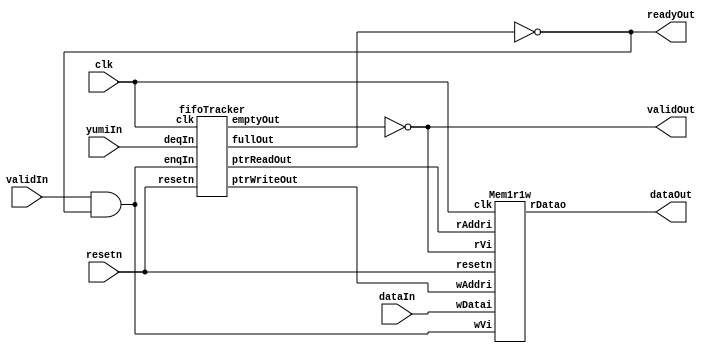
// Generator : SpinalHDL v1.7.3    git head : aeaeece704fe43c766e0d36a93f2ecbb8a9f2003
// Component : streamFifo

`timescale 1ns/1ps

module streamFifo (
  input      [31:0]   dataIn,
  input               validIn,
  output              readyOut,
  output     [31:0]   dataOut,
  output              validOut,
  input               yumiIn,
  input               clk,
  input               resetn
);

  wire       [1:0]    fifolarger2_myFifoTracker_ptrReadOut;
  wire       [1:0]    fifolarger2_myFifoTracker_ptrWriteOut;
  wire                fifolarger2_myFifoTracker_fullOut;
  wire                fifolarger2_myFifoTracker_emptyOut;
  wire       [31:0]   fifolarger2_myMem1r1w_rDatao;
  wire                fifolarger2_deq;
  wire                fifolarger2_validOutTemp;
  wire                fifolarger2_enq;
  wire                fifolarger2_readyOutTemp;
  wire       [1:0]    fifolarger2_ptrRead;
  wire       [1:0]    fifolarger2_ptrWrite;
  wire                fifolarger2_empty;
  wire                fifolarger2_full;

  fifoTracker fifolarger2_myFifoTracker (
    .enqIn       (fifolarger2_enq                           ), //i
    .deqIn       (fifolarger2_deq                           ), //i
    .ptrReadOut  (fifolarger2_myFifoTracker_ptrReadOut[1:0] ), //o
    .ptrWriteOut (fifolarger2_myFifoTracker_ptrWriteOut[1:0]), //o
    .fullOut     (fifolarger2_myFifoTracker_fullOut         ), //o
    .emptyOut    (fifolarger2_myFifoTracker_emptyOut        ), //o
    .clk         (clk                                       ), //i
    .resetn      (resetn                                    )  //i
  );
  Mem1r1w fifolarger2_myMem1r1w (
    .wVi    (fifolarger2_enq                   ), //i
    .wAddri (fifolarger2_ptrWrite[1:0]         ), //i
    .wDatai (dataIn[31:0]                      ), //i
    .rVi    (fifolarger2_validOutTemp          ), //i
    .rAddri (fifolarger2_ptrRead[1:0]          ), //i
    .rDatao (fifolarger2_myMem1r1w_rDatao[31:0]), //o
    .clk    (clk                               ), //i
    .resetn (resetn                            )  //i
  );
  assign fifolarger2_deq = yumiIn;
  assign fifolarger2_enq = (validIn && fifolarger2_readyOutTemp);
  assign fifolarger2_readyOutTemp = (! fifolarger2_full);
  assign readyOut = fifolarger2_readyOutTemp;
  assign fifolarger2_validOutTemp = (! fifolarger2_empty);
  assign validOut = fifolarger2_validOutTemp;
  assign fifolarger2_full = fifolarger2_myFifoTracker_fullOut;
  assign fifolarger2_empty = fifolarger2_myFifoTracker_emptyOut;
  assign fifolarger2_ptrRead = fifolarger2_myFifoTracker_ptrReadOut;
  assign fifolarger2_ptrWrite = fifolarger2_myFifoTracker_ptrWriteOut;
  assign dataOut = fifolarger2_myMem1r1w_rDatao;

endmodule

module Mem1r1w (
  input               wVi,
  input      [1:0]    wAddri,
  input      [31:0]   wDatai,
  input               rVi,
  input      [1:0]    rAddri,
  output     [31:0]   rDatao,
  input               clk,
  input               resetn
);

  wire       [31:0]   _zz_mem_port0;
  (* ram_style = "distributed" *) reg [31:0] mem [0:3];

  assign _zz_mem_port0 = mem[rAddri];
  always @(posedge clk) begin
    if(wVi) begin
      mem[wAddri] <= wDatai;
    end
  end

  assign rDatao = _zz_mem_port0;

endmodule

module fifoTracker (
  input               enqIn,
  input               deqIn,
  output     [1:0]    ptrReadOut,
  output     [1:0]    ptrWriteOut,
  output              fullOut,
  output              emptyOut,
  input               clk,
  input               resetn
);

  wire       [0:0]    myReadPtr_addIn;
  wire       [0:0]    myWritePtr_addIn;
  wire       [1:0]    myReadPtr_ptr;
  wire       [1:0]    myWritePtr_ptr;
  wire       [1:0]    ptrRead;
  wire       [1:0]    ptrWrite;
  reg                 enq;
  reg                 deq;
  wire                when_nocDefines_l243;
  wire                equalPtr;

  circlarPtr myReadPtr (
    .addIn  (myReadPtr_addIn   ), //i
    .ptr    (myReadPtr_ptr[1:0]), //o
    .clk    (clk               ), //i
    .resetn (resetn            )  //i
  );
  circlarPtr myWritePtr (
    .addIn  (myWritePtr_addIn   ), //i
    .ptr    (myWritePtr_ptr[1:0]), //o
    .clk    (clk                ), //i
    .resetn (resetn             )  //i
  );
  assign myReadPtr_addIn = deqIn;
  assign ptrRead = myReadPtr_ptr;
  assign myWritePtr_addIn = enqIn;
  assign ptrWrite = myWritePtr_ptr;
  assign when_nocDefines_l243 = (deqIn || enqIn);
  assign equalPtr = (ptrWrite == ptrRead);
  assign emptyOut = (equalPtr && deq);
  assign fullOut = (equalPtr && enq);
  assign ptrReadOut = ptrRead;
  assign ptrWriteOut = ptrWrite;
  always @(posedge clk or negedge resetn) begin
    if(!resetn) begin
      enq <= 1'b0;
      deq <= 1'b1;
    end else begin
      if(when_nocDefines_l243) begin
        enq <= enqIn;
        deq <= deqIn;
      end
    end
  end


endmodule

//circlarPtr replaced by circlarPtr

module circlarPtr (
  input      [0:0]    addIn,
  output     [1:0]    ptr,
  input               clk,
  input               resetn
);

  wire       [1:0]    _zz_ptrNext;
  reg        [1:0]    ptrRight;
  wire       [1:0]    ptrNext;
  wire       [2:0]    ptrWrap;

  assign _zz_ptrNext = (ptrRight + 2'b01);
  assign ptr = ptrRight;
  assign ptrNext = (addIn[0] ? _zz_ptrNext : ptrRight);
  always @(posedge clk or negedge resetn) begin
    if(!resetn) begin
      ptrRight <= 2'b00;
    end else begin
      ptrRight <= ptrNext;
    end
  end


endmodule